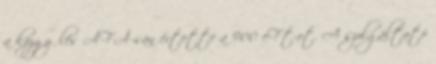
a közgyűlés ÁFÁ-san értette a 900 eFt-ot. A szolgáltató